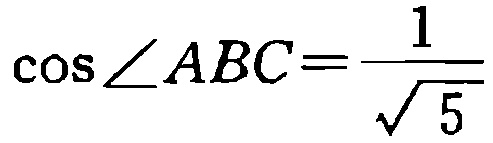
\(\cos\angle ABC=\frac{1}{\sqrt{5}}\)